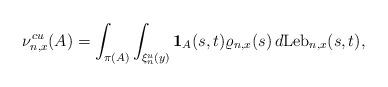
LaTeX: \begin{align*}\nu^{cu}_{n,x}(A)=\int_{\pi(A)}\int_{\xi^u_n(y)}\mathbf{1}_A(s,t)\varrho_{n,x}(s)\, d\mathrm{Leb}_{n,x}(s,t),\end{align*}